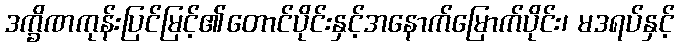
ဒက္ခိဏကုန်းပြင်မြင့်၏တောင်ပိုင်းနှင့်အနောက်မြောက်ပိုင်း၊ မဒရပ်နှင့်